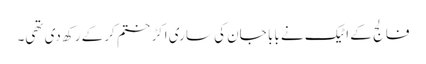
فالج کے اٹیک نے بابا جان کی ساری اکڑ ختم کرکے رکھ دی تھی۔